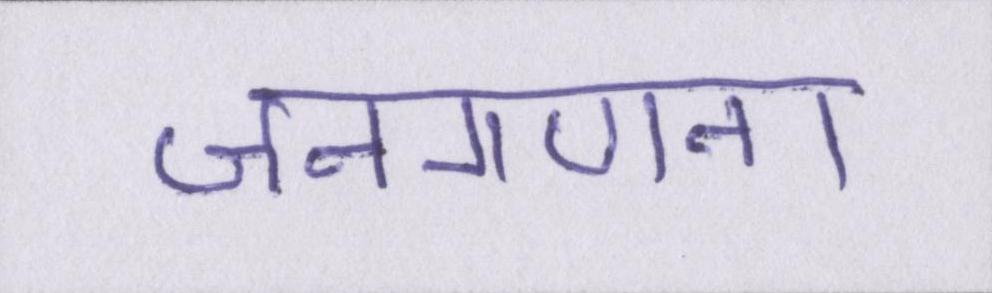
जनगणना